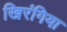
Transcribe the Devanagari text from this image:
खिरंगिया